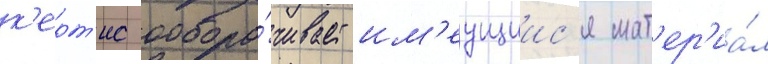
к'ерт'ис обора́чивает им'еущиис'я мат'ер'иа́л